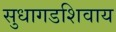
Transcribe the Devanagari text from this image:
सुधागडशिवाय